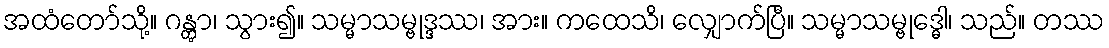
အထံတော်သို့။ ဂန္တွာ၊ သွား၍။ သမ္မာသမ္ဗုဒ္ဒဿ၊ အား။ ကထေသိ၊ လျှောက်ပြီ။ သမ္မာသမ္ဗုဒ္ဓေါ၊ သည်။ တဿ